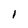
Character: I